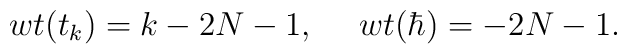
wt(t_{k})=k-2N-1, ~~~~wt(\hbar)=-2N-1.